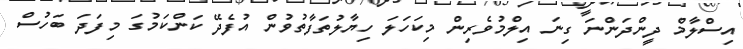
އިސްލާމް ދީންދަންނަ ގިނަ އިލްމުވެރިން މިކަހަލަ ހިޔާލުތަފާތުވުން އުފެދޭ ކަންކަމުގަ މިފަދަ ބަހުސް